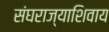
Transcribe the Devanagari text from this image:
संघराज्याशिवाय